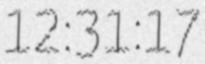
12:31:17